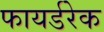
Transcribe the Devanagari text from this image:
फायर्डरेक